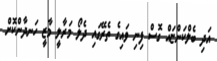
އަދި ބެލްކަންޏައް ގޮސް ފިނި ވައިގެ ތެރޭގައި ދެލޯ މަރާލީ މާޒީ ހަނދާންކޮށް